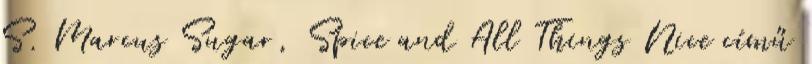
S. Marcus Sugar, Spice and All Things Nice című